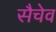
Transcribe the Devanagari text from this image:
सैचेव